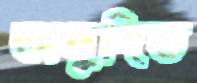
অনুদিত